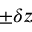
\pm \delta z